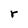
Character: r